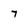
Character: 7